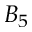
B _ { 5 }